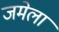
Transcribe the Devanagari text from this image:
जमेला